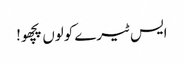
ایس ٹیرے کولوں پچھو!